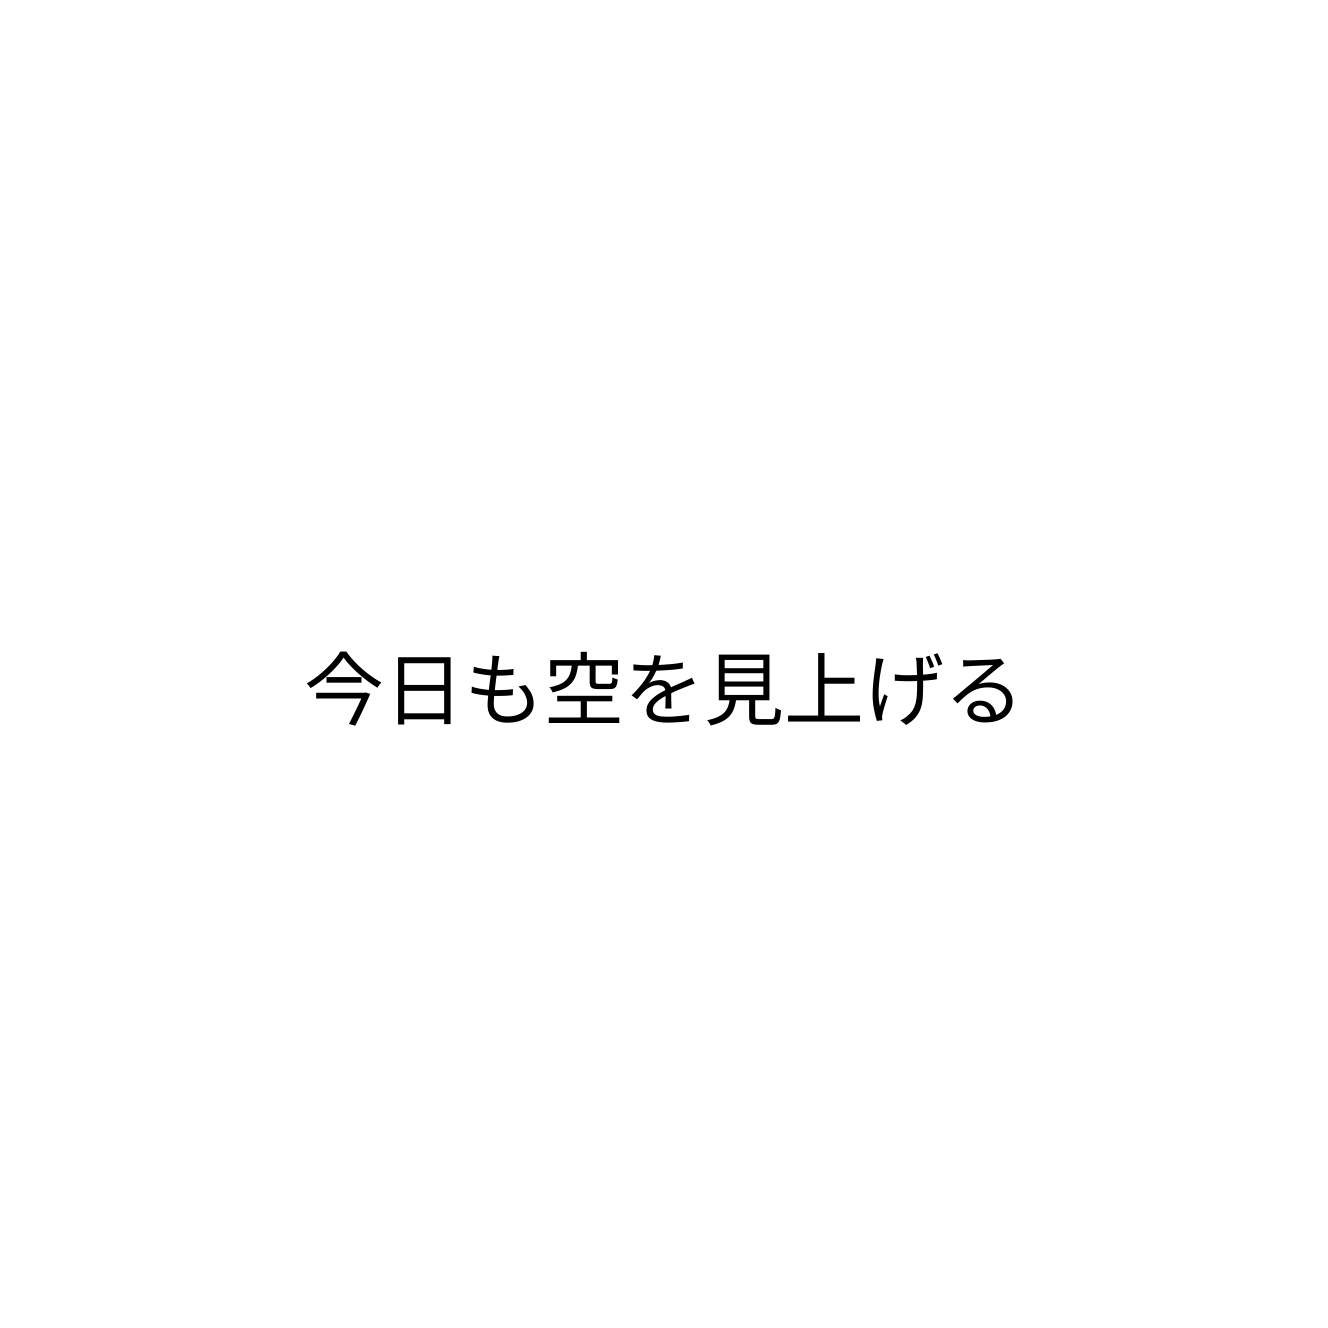
今日も空を見上げる